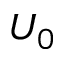
U _ { 0 }